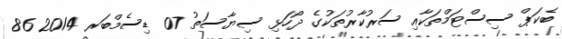
ބެކަޕް ސިސްޓަމްތަކާއި ސަރުކާރުތަކުގެ ދޯހަޅި ސިޔާސަތު 07 ޑިސެމްބަރ 2014 86